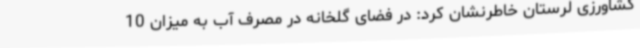
کشاورزی لرستان‌ خاطرنشان کرد: در فضای گلخانه در مصرف آب به میزان 10